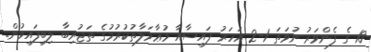
10 ގެ ފެންވަރު ނުވަތަ 1-2 އަހަރު ފައިސާއާ މުޢާމަލާތުކުރުމުގެ ތަޖުރިބާ ލިބިފައިވުން.